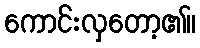
ကောင်းလှတော့၏။